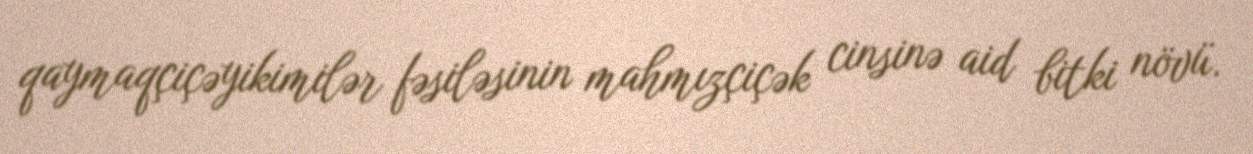
qaymaqçiçəyikimilər fəsiləsinin mahmızçiçək cinsinə aid bitki növü.